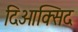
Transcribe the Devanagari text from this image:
दिओक्सिद